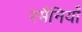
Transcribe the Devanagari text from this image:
रमैनियाँ